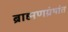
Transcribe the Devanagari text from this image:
ब्राह्मणग्रंथांत